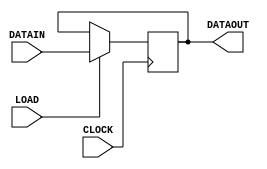
module INSTRUCTIONREGISTER
(
    input CLOCK,
    input LOAD,
    input [8:0] DATAIN,
    output reg [8:0] DATAOUT
);
    always @ (posedge CLOCK)
        if (LOAD) DATAOUT <= DATAIN;

endmodule

/*****************************************************************************/
/************************* TEST BENCH FOR IREGISTER **************************/
/*****************************************************************************/
module testINSREGISTER;

    // Registers for inputs
    reg CLOCK, LOAD;
    reg [8:0] DATA;
    // Wires for output
    wire [8:0] OUTPUT;
    
    INSTRUCTIONREGISTER UUT(
        .CLOCK(CLOCK),
        .LOAD(LOAD),
        .DATAIN(DATA),
        .DATAOUT(OUTPUT)
    );
    
    // Initiate registers with values
    initial begin
        CLOCK = 1'b0;
        LOAD = 1'b0;
        DATA = 16'b0_0000_0000;
    end
    
    // Test
    initial begin
        #10
        CLOCK = 1'b1;
        LOAD = 1'b1;
        DATA = 16'b0_1100_0010;
        #10
        CLOCK = 1'b0;
        LOAD = 1'b1;
        DATA = 16'b0_0100_1100;
        #10
        CLOCK = 1'b1;
        LOAD = 1'b0;
        DATA = 16'b0_0011_1110;
        #10
        $finish;
    end
    
endmodule